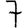
Digit: 7